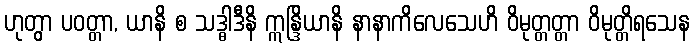
ဟုတွာ ပဝတ္တာ, ယာနိ စ သဒ္ဓါဒီနိ ဣန္ဒြိယာနိ နာနာကိလေသေဟိ ဝိမုတ္တတ္တာ ဝိမုတ္တိရသေန